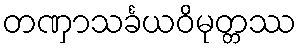
တဏှာသင်္ခယဝိမုတ္တဿ